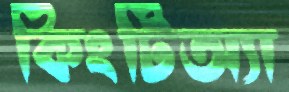
কিংটিঅ্যা